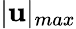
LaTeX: \vert\mathbf{u}\vert_{max}